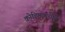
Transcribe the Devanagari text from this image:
कोहिमामधील